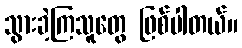
သွားခဲ့ကြသူတွေ ဖြစ်ပါတယ်။